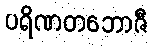
ပရိဏတဘောဇီ